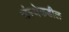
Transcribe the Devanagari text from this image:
संस्थेकडील